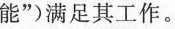
能”)满足其工作。